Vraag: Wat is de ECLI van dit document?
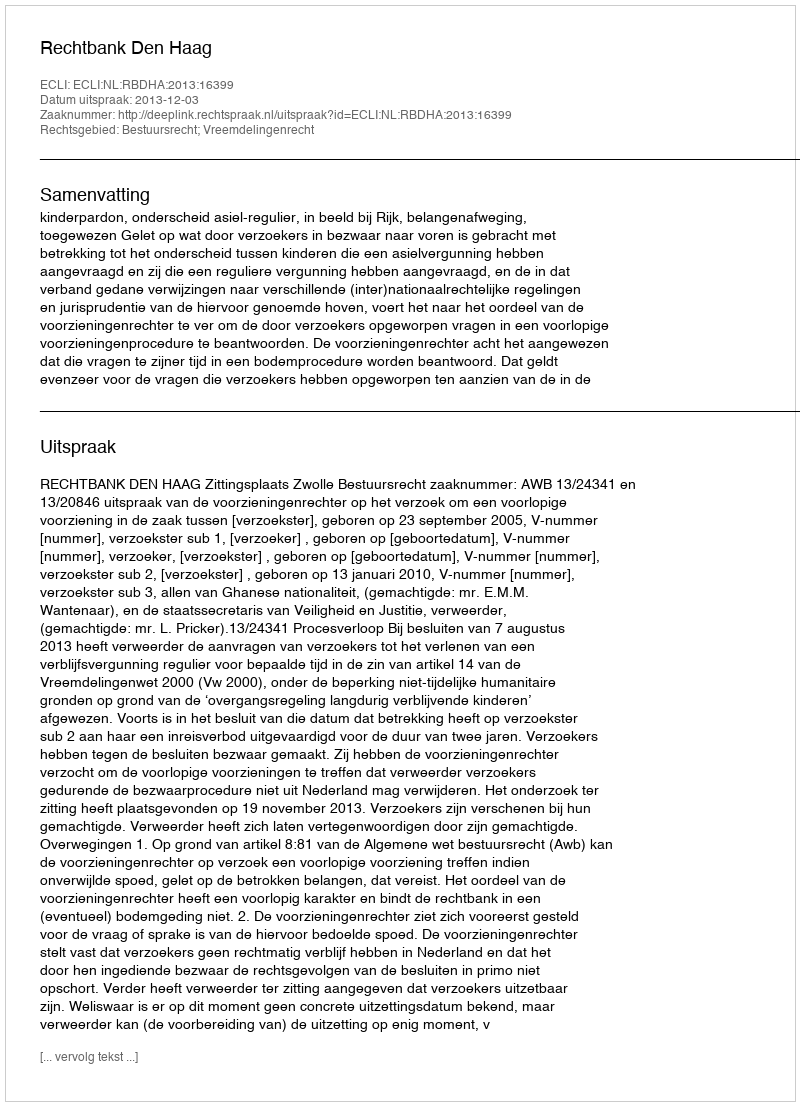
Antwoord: ECLI:NL:RBDHA:2013:16399